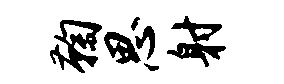
鞠思射